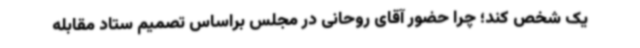
یک شخص کند؛ چرا حضور آقای روحانی در مجلس براساس تصمیم ستاد مقابله